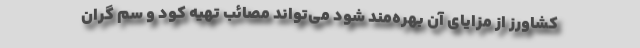
کشاورز از مزایای آن بهره‌مند شود می‌تواند مصائب تهیه کود و سم گران